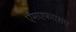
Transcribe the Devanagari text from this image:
एमएफएसए